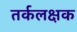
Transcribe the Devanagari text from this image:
तर्कलक्षक